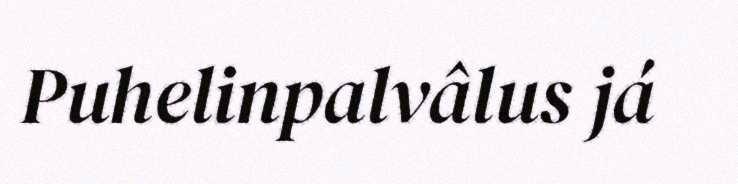
Puhelinpalvâlus já